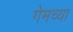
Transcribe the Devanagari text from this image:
गेमच्या